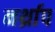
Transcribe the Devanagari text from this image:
नर्थ्राप